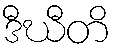
ဒီဃီတိ